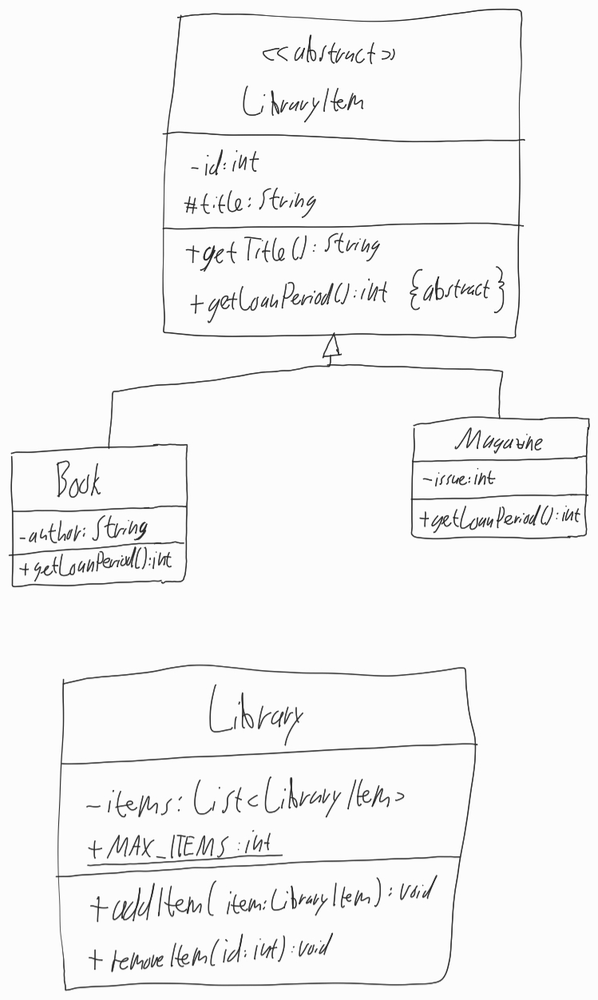
Diagram type: class_diagram
```plantuml
@startuml

abstract LibraryItem {
  - id: int
  # title: String
  + getTitle(): String
  + {abstract} getLoanPeriod(): int
}

class Book extends LibraryItem {
  - author: String
  + getLoanPeriod(): int
}

class Magazine extends LibraryItem {
  - issue: int
  + getLoanPeriod(): int
}

class Library {
  - items: List<LibraryItem>
  + {static} MAX_ITEMS: int
  + addItem(item: LibraryItem): void
  + removeItem(id: int): void
}

@enduml
```